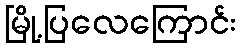
မြို့ပြလေကြောင်း